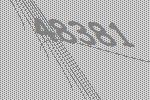
48381